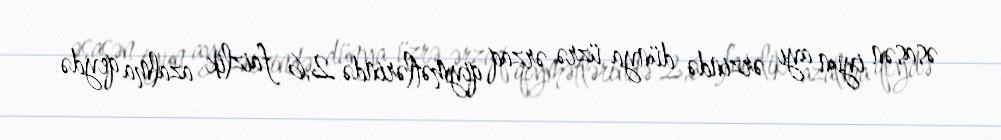
əsasən iyun ayı ərzində dünya üzrə ərzaq qiymətlərində 2,6 faizlik azalma qeydə